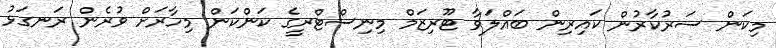
މިކަން ސަރުކާރުން ކައިރިން ބައްލަވާ ޓޫރިޒަމް މިނިސްޓްރީގެ ކަންކަން މިހާރަށް ވުރެން ރަނގަޅު